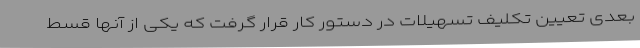
بعدی تعیین تکلیف تسهیلات در دستور کار قرار گرفت که یکی از آنها قسط